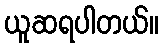
ယူဆရပါတယ်။